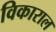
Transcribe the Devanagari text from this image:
विकाराल